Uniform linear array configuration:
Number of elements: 24
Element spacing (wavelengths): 1
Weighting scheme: hann
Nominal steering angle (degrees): -15
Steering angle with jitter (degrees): -15.734
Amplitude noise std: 0.05
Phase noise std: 0.05

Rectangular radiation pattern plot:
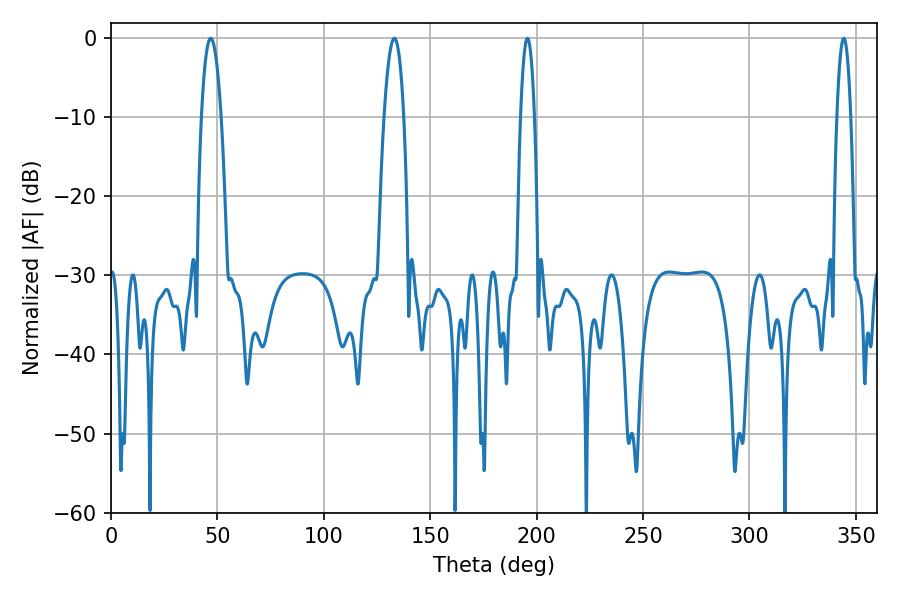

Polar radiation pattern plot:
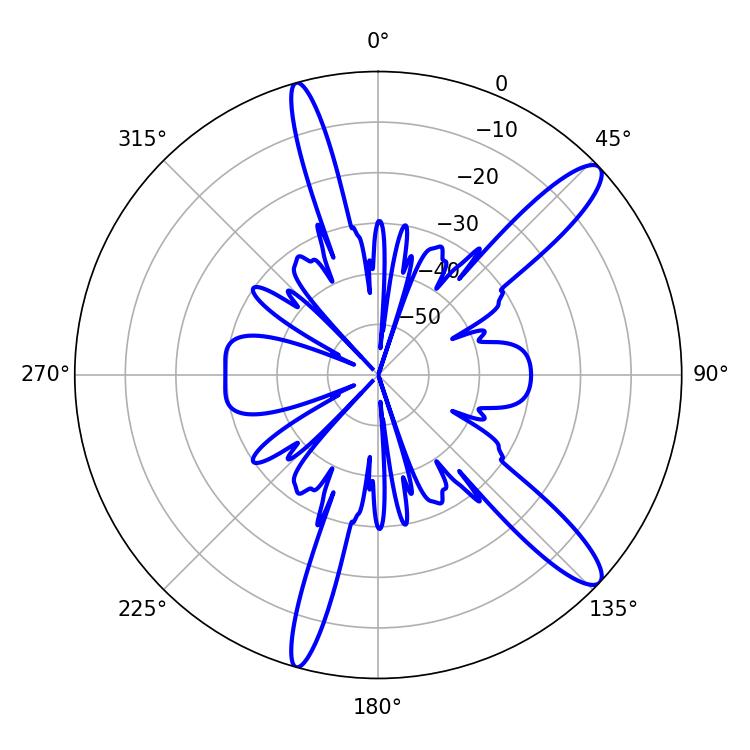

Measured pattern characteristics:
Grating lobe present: TRUE
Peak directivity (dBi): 12.838
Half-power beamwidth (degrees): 3.6
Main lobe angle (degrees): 195.66